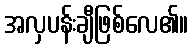
အလှပန်းချီဖြစ်လေ၏။